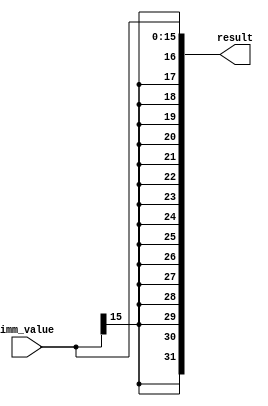
`timescale 1ns / 1ps
module sign_extend(
    input [15:0] imm_value,
    output [31:0] result
);
assign result = { {16{imm_value[15]}}, imm_value };
endmodule